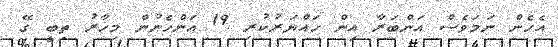
އެހެން ނަމަވެސް އަންބަރާ އިން ހައްޔަރުކުރި 19 އަންހެނުން މިހާރު ތިބީ ގޭ